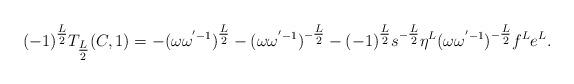
LaTeX: \begin{align*} {( - 1)^{{\textstyle{L \over 2}}}}{T_{{\textstyle{L \over 2}}}}(C,1) = - {(\omega {\omega ^{' - 1}})^{{\textstyle{L \over 2}}}} - {(\omega {\omega ^{' - 1}})^{ - {\textstyle{L \over 2}}}} - {( - 1)^{{\textstyle{L \over 2}}}}{s^{ - {\textstyle{L \over 2}}}}{\eta ^L}{(\omega {\omega ^{' - 1}})^{ - {\textstyle{L \over 2}}}}{f^L}{e^L}. \end{align*}